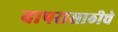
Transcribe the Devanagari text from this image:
वापरासाठीचे